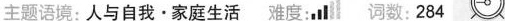
主题语境:人与白我.家庭生活 难度;al 数:284